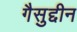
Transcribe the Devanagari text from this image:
गैसुद्दीन